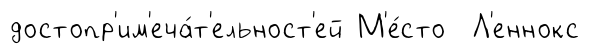
достопр'им'еча́т'ельност'ей М'е́сто Л'еннокс